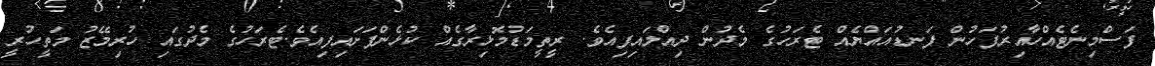
ފަސްމިނެޓެއްހާއިރުފަހުން ފަނޑުއައްޔެއް ޓެރަހުގެ މެދުން ދިއްލައިފިއެވެ. ރީތީމަޑުމޮޅިރާގެއް ކުޅެންފަށައިފިއެވެ.ޓެރަހުގެ މެދުގައި ހުރިމޭޒު މަތީހުރީ